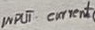
Text: INPUT current